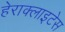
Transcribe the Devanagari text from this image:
हेराक्लाइटेस